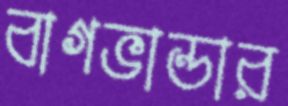
বাগভান্ডার